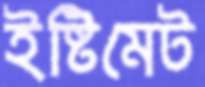
ইষ্টিমেট